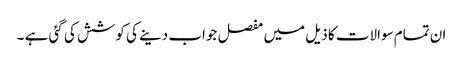
ان تمام سوالات کا ذیل میں مفصل جواب دینے کی کوشش کی گئی ہے ۔